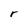
Character: r